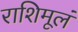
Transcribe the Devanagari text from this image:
राशिमूलं